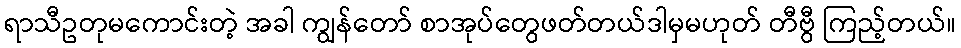
ရာသီဥတုမကောင်းတဲ့ အခါ ကျွန်တော် စာအုပ်တွေဖတ်တယ်ဒါမှမဟုတ် တီဗွီ ကြည့်တယ်။